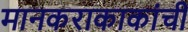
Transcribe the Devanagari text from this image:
मानकराकाकांची